Senior Leaving Certificate Examination (including Day School Certificate (Higher) General paper), 1947
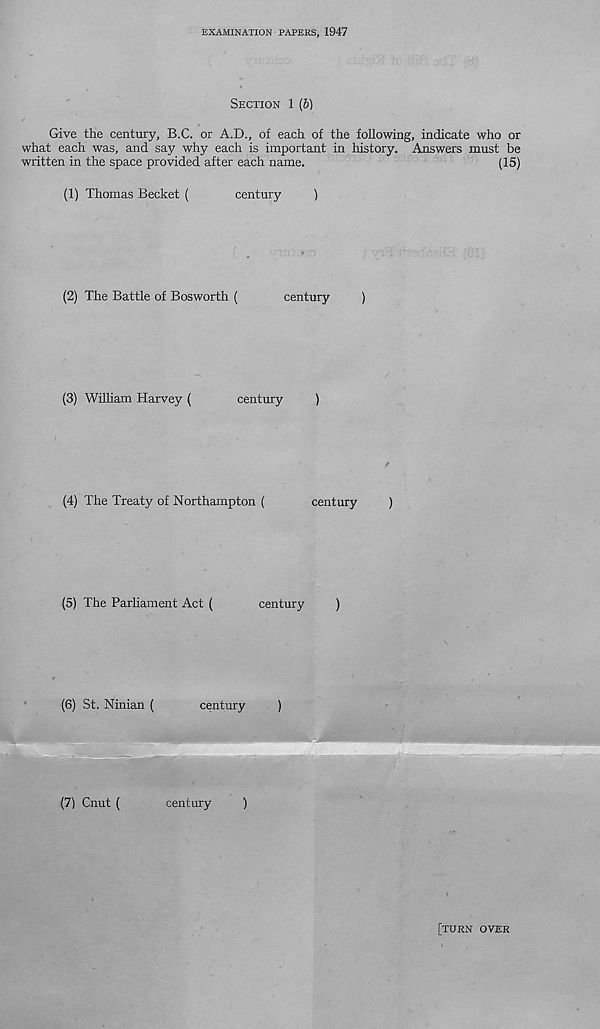
EXAMINATION PAPERS, 1947
SECTION 1 [b)
Give the century, B.C. or A.D., of each of the following, indicate who or
what each was, and say why each is important in history. Answers must be
written in the space provided after each name.
(15)
(1)
Thomas Becket (
century
)
(2)
The Battle of Bosworth (
century
)
(3)
William Harvey (
century
)
(4)
The Treaty of Northampton (
century
)
(5)
The Parliament Act (
century
)
(6) St. Ninian (
century
)
(7) Cnut (
century
)
[TURN OVER